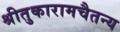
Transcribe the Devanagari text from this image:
श्रीतुकारामचैतन्य